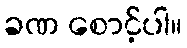
ခဏ စောင့်ပါ။